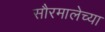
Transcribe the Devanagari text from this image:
सौरमालेच्या